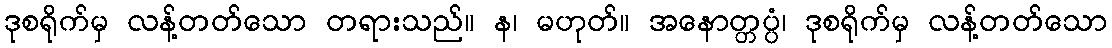
ဒုစရိုက်မှ လန့်တတ်သော တရားသည်။ န၊ မဟုတ်။ အနောတ္တပ္ပံ၊ ဒုစရိုက်မှ လန့်တတ်သော